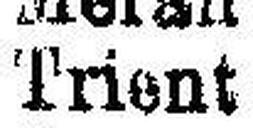
Trient